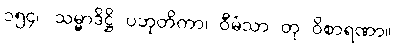
၁၅၄။ သမ္မာဒိဋ္ဌိ ပဘုတိကာ၊ ဝီမံသာ တု ဝိစာရဏာ။